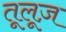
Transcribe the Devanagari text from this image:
तूलूज़